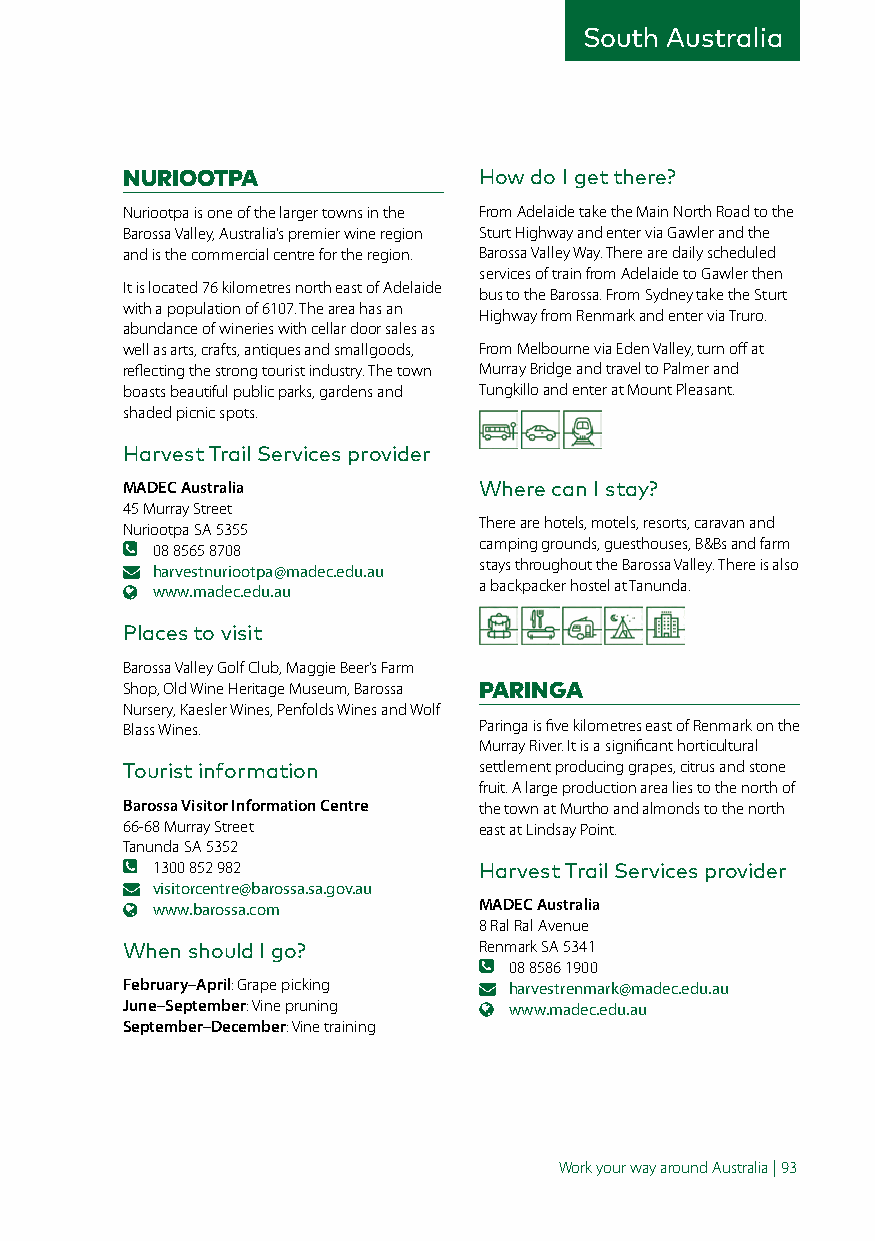
South Australia
 NURIOOTPA               How do I get there?
 Nuriootpa is one of the larger towns in the From Adelaide take the Main North Road to the
 Barossa Valley, Australia’s premier wine region Sturt Highway and enter via Gawler and the
 and is the commercial centre for the region. Barossa Valley Way. There are daily scheduled
 services of train from Adelaide to Gawler then
 It is located 76 kilometres north east of Adelaide
 bus to the Barossa. From Sydney take the Sturt
 with a population of 6107. The area has an
 Highway from Renmark and enter via Truro.
 abundance of wineries with cellar door sales as
 well as arts, crafts, antiques and smallgoods, From Melbourne via Eden Valley, turn off at
 reflecting the strong tourist industry. The town Murray Bridge and travel to Palmer and
 boasts beautiful public parks, gardens and Tungkillo and enter at Mount Pleasant.
 shaded picnic spots.
 Harvest Trail Services provider
 MADEC Australia         Where can I stay?
 45 Murray Street
 There are hotels, motels, resorts, caravan and
 Nuriootpa SA 5355
 camping grounds, guesthouses, B&Bs and farm
 08 8565 8708
 stays throughout the Barossa Valley. There is also
 harvestnuriootpa@madec.edu.au
 a backpacker hostel at Tanunda.
 www.madec.edu.au
 Places to visit
 Barossa Valley Golf Club, Maggie Beer’s Farm
 Shop, Old Wine Heritage Museum, Barossa PARINGA
 Nursery, Kaesler Wines, Penfolds Wines and Wolf
 Blass Wines.            Paringa is five kilometres east of Renmark on the
 Murray River. It is a significant horticultural
 Tourist information     settlement producing grapes, citrus and stone
 fruit. A large production area lies to the north of
 Barossa Visitor Information Centre the town at Murtho and almonds to the north
 66-68 Murray Street     east at Lindsay Point.
 Tanunda SA 5352
 1300 852 982          Harvest Trail Services provider
 visitorcentre@barossa.sa.gov.au
 www.barossa.com       MADEC Australia
 8 Ral Ral Avenue
 When should I go?       Renmark SA 5341
 08 8586 1900
 February–April: Grape picking harvestrenmark@madec.edu.au
 June–September: Vine pruning www.madec.edu.au
 September–December: Vine training
 Work your way around Australia | 93